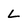
Character: L